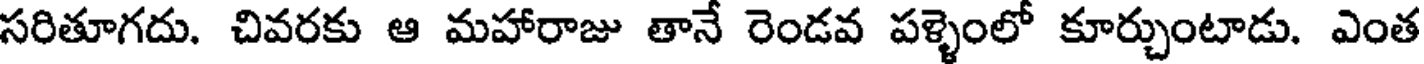
సరితూగదు. చివరకు ఆ మహారాజు తానే రెండవ పళ్ళెంలో కూర్చుంటాడు. ఎంత